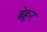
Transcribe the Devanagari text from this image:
बेहुन